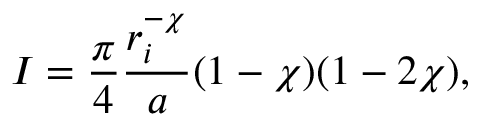
I = \frac { \pi } { 4 } \frac { r _ { i } ^ { - \chi } } { a } ( 1 - \chi ) ( 1 - 2 \chi ) ,